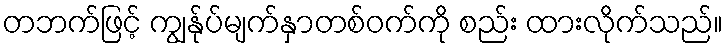
တဘက်ဖြင့် ကျွန်ုပ်မျက်နှာတစ်ဝက်ကို စည်း ထားလိုက်သည်။